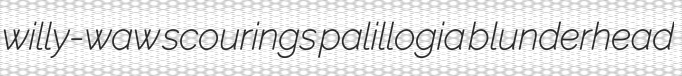
willy-waw scourings palillogia blunderhead